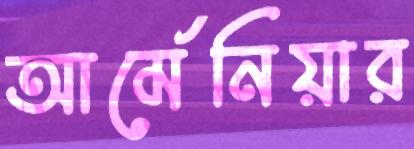
আর্মেনিয়ার